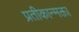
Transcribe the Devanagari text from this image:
प्रतीकान्मक्ता